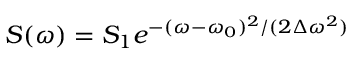
\begin{array} { r } { S ( \omega ) = S _ { 1 } e ^ { - ( \omega - \omega _ { 0 } ) ^ { 2 } / ( 2 \Delta \omega ^ { 2 } ) } } \end{array}